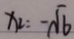
x _ { 2 } = - \sqrt { 6 }